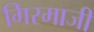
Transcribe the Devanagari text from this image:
गिरमाजी